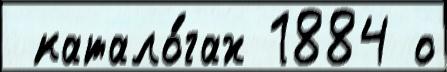
 катало́гах 1884 о